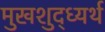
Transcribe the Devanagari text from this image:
मुखशुद्ध्यर्थ